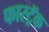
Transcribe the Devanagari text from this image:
फास्ट्रॅक